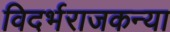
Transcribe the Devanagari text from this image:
विदर्भराजकन्या